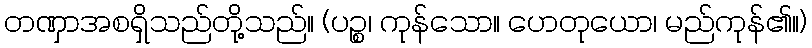
တဏှာအစရှိသည်တို့သည်။ (ပဉ္စ၊ ကုန်သော။ ဟေတုယော၊ မည်ကုန်၏။)